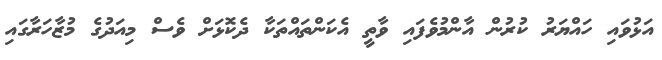
އަޅުވައި ހައްޔަރު ކުރުން އާންމުވެފައި ވާތީ އެކަންތައްތަކާ ދެކޮޅަށް ވެސް މިއަދުގެ މުޒާހަރާގައި